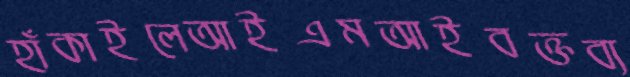
হাঁকাইলেআইএমআইবক্তব্য